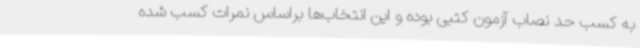
به کسب حد نصاب آزمون کتبی بوده و این انتخاب‌ها براساس نمرات کسب شده